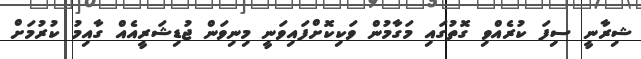
ޝިރާނީ ސިފަ ކުރެއްވި ގޮތުގައި މަގާމުން ވަކިކޮށްފައިވަނީ މިނިވަން ޖުޑިޝަރީއެއް ގާއިމު ކުރުމަށް